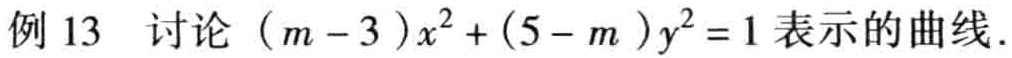
例 13 讨论 \((m - 3)x^{2}+(5 - m)y^{2}=1\) 表示的曲线.